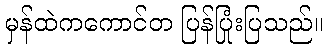
မှန်ထဲကကောင်တ ပြန်ပြုံးပြသည်။